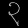
Digit: ၃